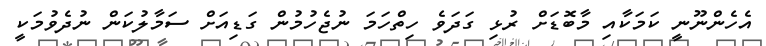
އެހެންނޫނީ ކަމަކާއި މާބޮޑަށް ރުޅި ގަދަވެ ހިތްހަމަ ނުޖެހުމުން ގަޑިއަށް ސަމާލުކަން ނުދެވުމަކީ